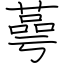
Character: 蕚